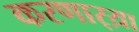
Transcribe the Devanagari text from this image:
करणार्‍य़ा